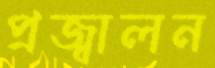
প্রজ্বালন